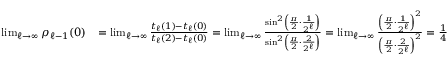
\begin{array} { r l } { \operatorname* { l i m } _ { \ell \to \infty } \rho _ { \ell - 1 } ( 0 ) } & { = \operatorname* { l i m } _ { \ell \to \infty } \frac { t _ { \ell } ( 1 ) - t _ { \ell } ( 0 ) } { t _ { \ell } ( 2 ) - t _ { \ell } ( 0 ) } = \operatorname* { l i m } _ { \ell \to \infty } \frac { \sin ^ { 2 } \left( \frac { \pi } { 2 } \cdot \frac { 1 } { 2 ^ { \ell } } \right) } { \sin ^ { 2 } \left( \frac { \pi } { 2 } \cdot \frac { 2 } { 2 ^ { \ell } } \right) } = \operatorname* { l i m } _ { \ell \to \infty } \frac { \left( \frac { \pi } { 2 } \cdot \frac { 1 } { 2 ^ { \ell } } \right) ^ { 2 } } { \left( \frac { \pi } { 2 } \cdot \frac { 2 } { 2 ^ { \ell } } \right) ^ { 2 } } = \frac { 1 } { 4 } } \end{array}